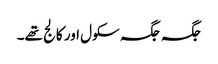
جگہ جگہ سکول اور کالج تھے۔